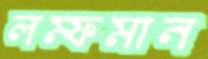
লম্ফমান